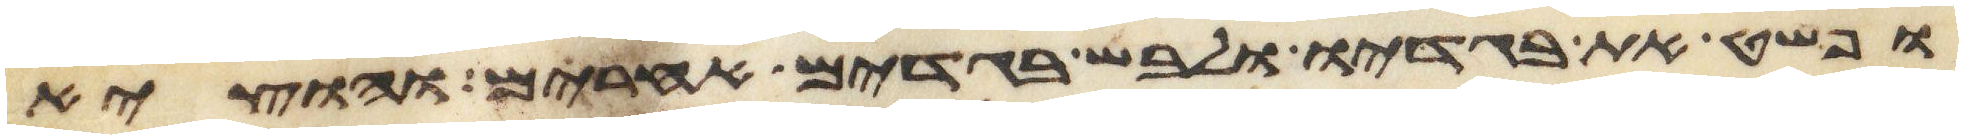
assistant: ופשט את בגדיו ולבש בגדים אחרים והוציא